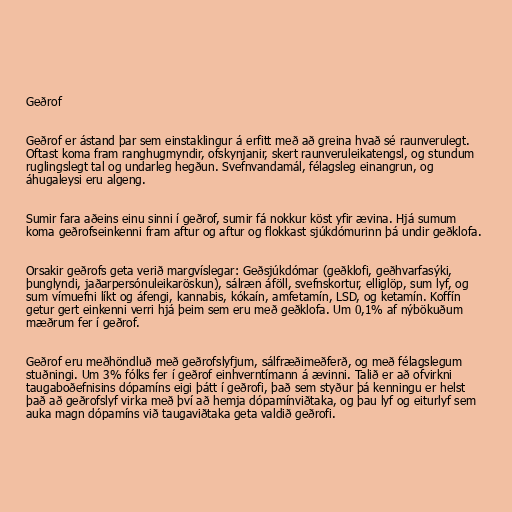
Geðrof

Geðrof er ástand þar sem einstaklingur á erfitt með að greina hvað sé raunverulegt.
Oftast koma fram ranghugmyndir, ofskynjanir, skert raunveruleikatengsl, og stundum
ruglingslegt tal og undarleg hegðun. Svefnvandamál, félagsleg einangrun, og
áhugaleysi eru algeng.

Sumir fara aðeins einu sinni í geðrof, sumir fá nokkur köst yfir ævina. Hjá sumum
koma geðrofseinkenni fram aftur og aftur og flokkast sjúkdómurinn þá undir geðklofa.

Orsakir geðrofs geta verið margvíslegar: Geðsjúkdómar (geðklofi, geðhvarfasýki,
þunglyndi, jaðar­persónuleikaröskun), sálræn áföll, svefnskortur, elliglöp, sum lyf, og
sum vímuefni líkt og áfengi, kannabis, kókaín, amfetamín, LSD, og ketamín. Koffín
getur gert einkenni verri hjá þeim sem eru með geðklofa. Um 0,1% af nýbökuðum
mæðrum fer í geðrof.

Geðrof eru meðhöndluð með geðrofslyfjum, sálfræðimeðferð, og með félagslegum
stuðningi. Um 3% fólks fer í geðrof einhverntímann á ævinni. Talið er að ofvirkni
taugaboðefnisins dópamíns eigi þátt í geðrofi, það sem styður þá kenningu er helst
það að geðrofslyf virka með því að hemja dópamínviðtaka, og þau lyf og eiturlyf sem
auka magn dópamíns við taugaviðtaka geta valdið geðrofi.